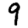
Digit: 9